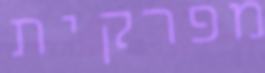
מפרקית